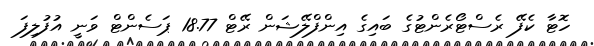
ހޮޓާ ކެފޭ ރެސްޓޯރެންޓުގެ ބައިގެ އިންފްލޭޝަން ރޭޓް 18.77 ޕަސެންޓް ވަނީ އުފުލިފަ